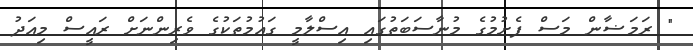
" ރަމަޟާން މަސް ފެށުމުގެ މުނާސަބަތުގައި އިސްލާމީ ގައުމުތަކުގެ ވެރިންނަށް ރައީސް މިއަދު